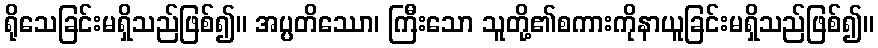
ရိုသေခြင်းမရှိသည်ဖြစ်၍။ အပ္ပတိဿော၊ ကြီးသော သူတို့၏စကားကိုနာယူခြင်းမရှိသည်ဖြစ်၍။